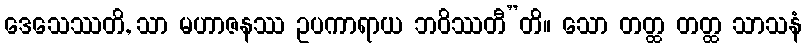
ဒေသေဿတိ, သာ မဟာဇနဿ ဥပကာရာယ ဘဝိဿတီ”တိ။ သော တတ္ထ တတ္ထ သာသနံ